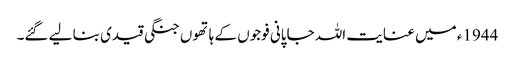
1944ء میں عنایت اللہ جاپانی فوجوں کے ہاتھوں جنگی قیدی بنا لیے گئے۔